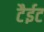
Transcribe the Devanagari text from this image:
टैईट